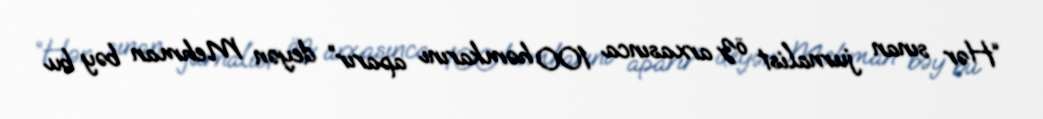
“Hər sınan jurnalist öz arxasınca 100 həmkarını aparır” deyən Mehman bəy bu